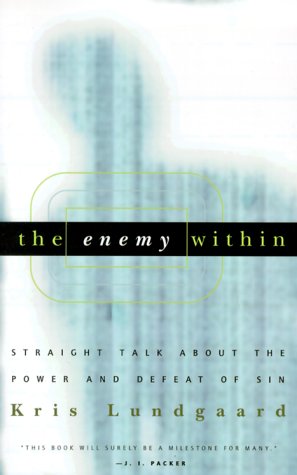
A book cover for The Enemy Within: Straight Talk about the Power and Defeat of Sin; Kris Lundgaard; Christian Books & Bibles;